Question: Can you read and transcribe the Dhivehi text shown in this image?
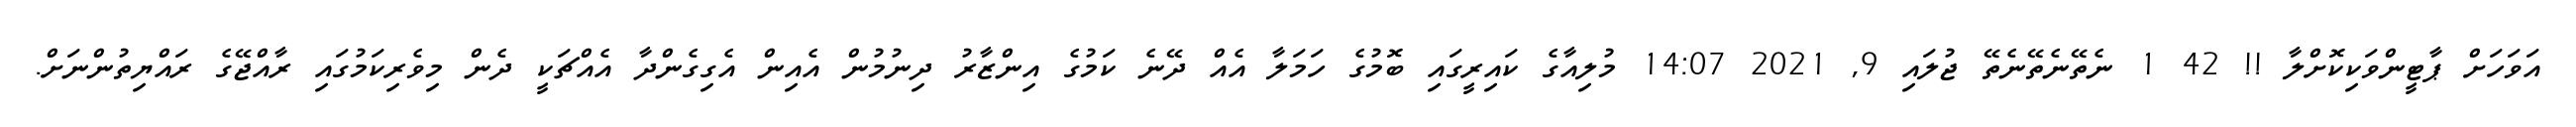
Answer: އަވަހަށް ޕާޓީންވަކިކޮށްލާ !! 42 1 ނެތޭނެތޭނެތޭ ޖުލައި 9, 2021 14:07 މުލިއާގެ ކައިރީގައި ބޮމުގެ ހަމަލާ އެއް ދޭނެ ކަމުގެ އިންޒާރު ދިނުމުން އެއިން އެގިގެންދާ އެއްޗަކީ ދެން މިވެރިކަމުގައި ރާއްޖޭގެ ރައްޔިތުންނަށް.